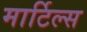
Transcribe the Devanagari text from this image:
मार्टिल्स